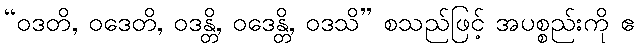
“ဝဒတိ, ဝဒေတိ, ဝဒန္တိ, ဝဒေန္တိ, ဝဒသိ” စသည်ဖြင့် အပစ္စည်းကို ဧ